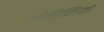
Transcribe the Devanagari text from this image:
ओरिनिको